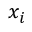
x _ { i }